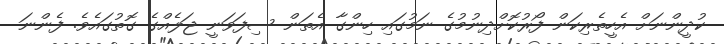
ކުދީންނަށް އެހީތެރިކަން ފޯރުކޮށްދިނުމުގެ ނަމުގައި ހިންގާ އެތަން ސިފަވަނީ ޖަލެއްގެ ގޮތުގައެވެ. ފެންނަ